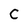
Character: C